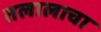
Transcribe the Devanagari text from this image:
तलालाचा